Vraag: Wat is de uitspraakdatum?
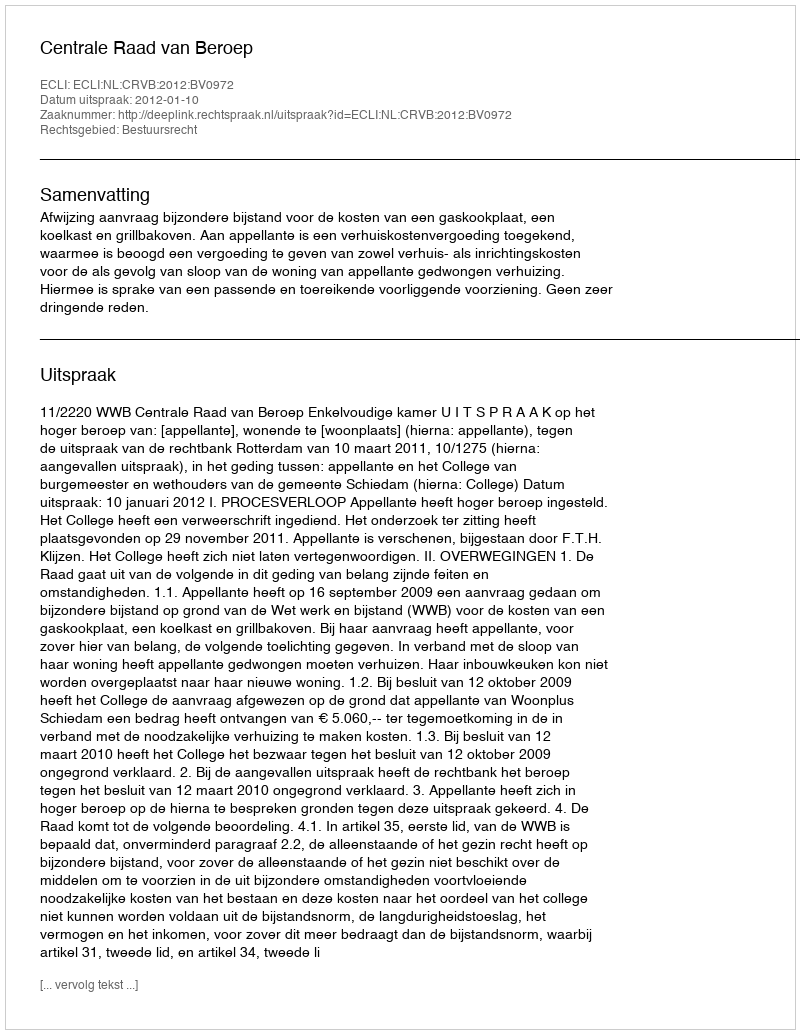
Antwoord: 2012-01-10